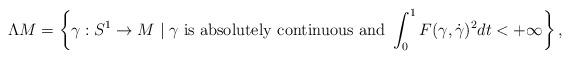
LaTeX: \begin{align*} \Lambda M=\left\{\gamma: S^{1}\to M\mid \gamma\ {\rm is\ absolutely\ continuous\ and}\ \int_{0}^{1}F(\gamma,\dot{\gamma})^{2}dt<+\infty\right\},\end{align*}